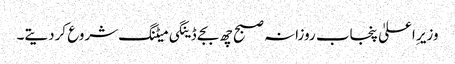
وزیر ِاعلیٰ پنجاب روزانہ صبح چھ بجے ڈینگی میٹنگ شروع کردیتے۔